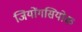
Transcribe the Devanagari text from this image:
जियोंगसियोक